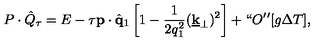
P \cdot \hat { Q } _ { \tau } = E - \tau { \bf p } \cdot \hat { { \bf q } } _ { 1 } \left[ 1 - \frac { 1 } { 2 q _ { 1 } ^ { 2 } } ( \underline { { { \bf k } } } _ { \perp } ) ^ { 2 } \right] + \lq \lq O \mathrm { ' ' } [ g \Delta T ] ,